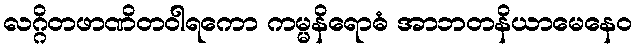
လဂ္ဂိတဖာဏိတဝါရကော ကမ္မနိရောဓံ အာဘတနိယာမေနေဝ